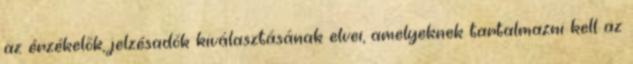
az érzékelõk, jelzésadók kiválasztásának elvei, amelyeknek tartalmazni kell az